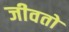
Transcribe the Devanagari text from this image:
जीवतो